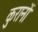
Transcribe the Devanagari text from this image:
कुरानों